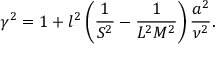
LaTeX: \gamma ^ { 2 } = 1 + l ^ { 2 } \left( \frac { 1 } { S ^ { 2 } } - \frac { 1 } { L ^ { 2 } M ^ { 2 } } \right) \frac { a ^ { 2 } } { \nu ^ { 2 } } .